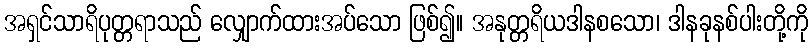
အရှင်သာရိပုတ္တရာသည် လျှောက်ထားအပ်သော ဖြစ်၍။ အနုတ္တရိယဒါနစသော၊ ဒါနခုနစ်ပါးတို့ကို